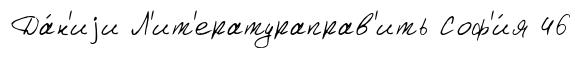
Да́н'иjи Л'ит'ератураправ'ить Соф'и́я 46